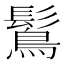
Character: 𪄒